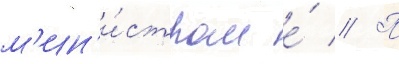
м'ин'и́стром е́ // П